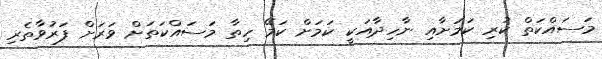
މަސައްކަތް ކުރި ކަމަށާއި ނާހިދާއަކީ ކަމަށް ކަމޭ ހިތާ މަސައްކަތަށް ވަރަށް ފަރުވާތެރި